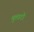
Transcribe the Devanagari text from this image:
मुलाटो